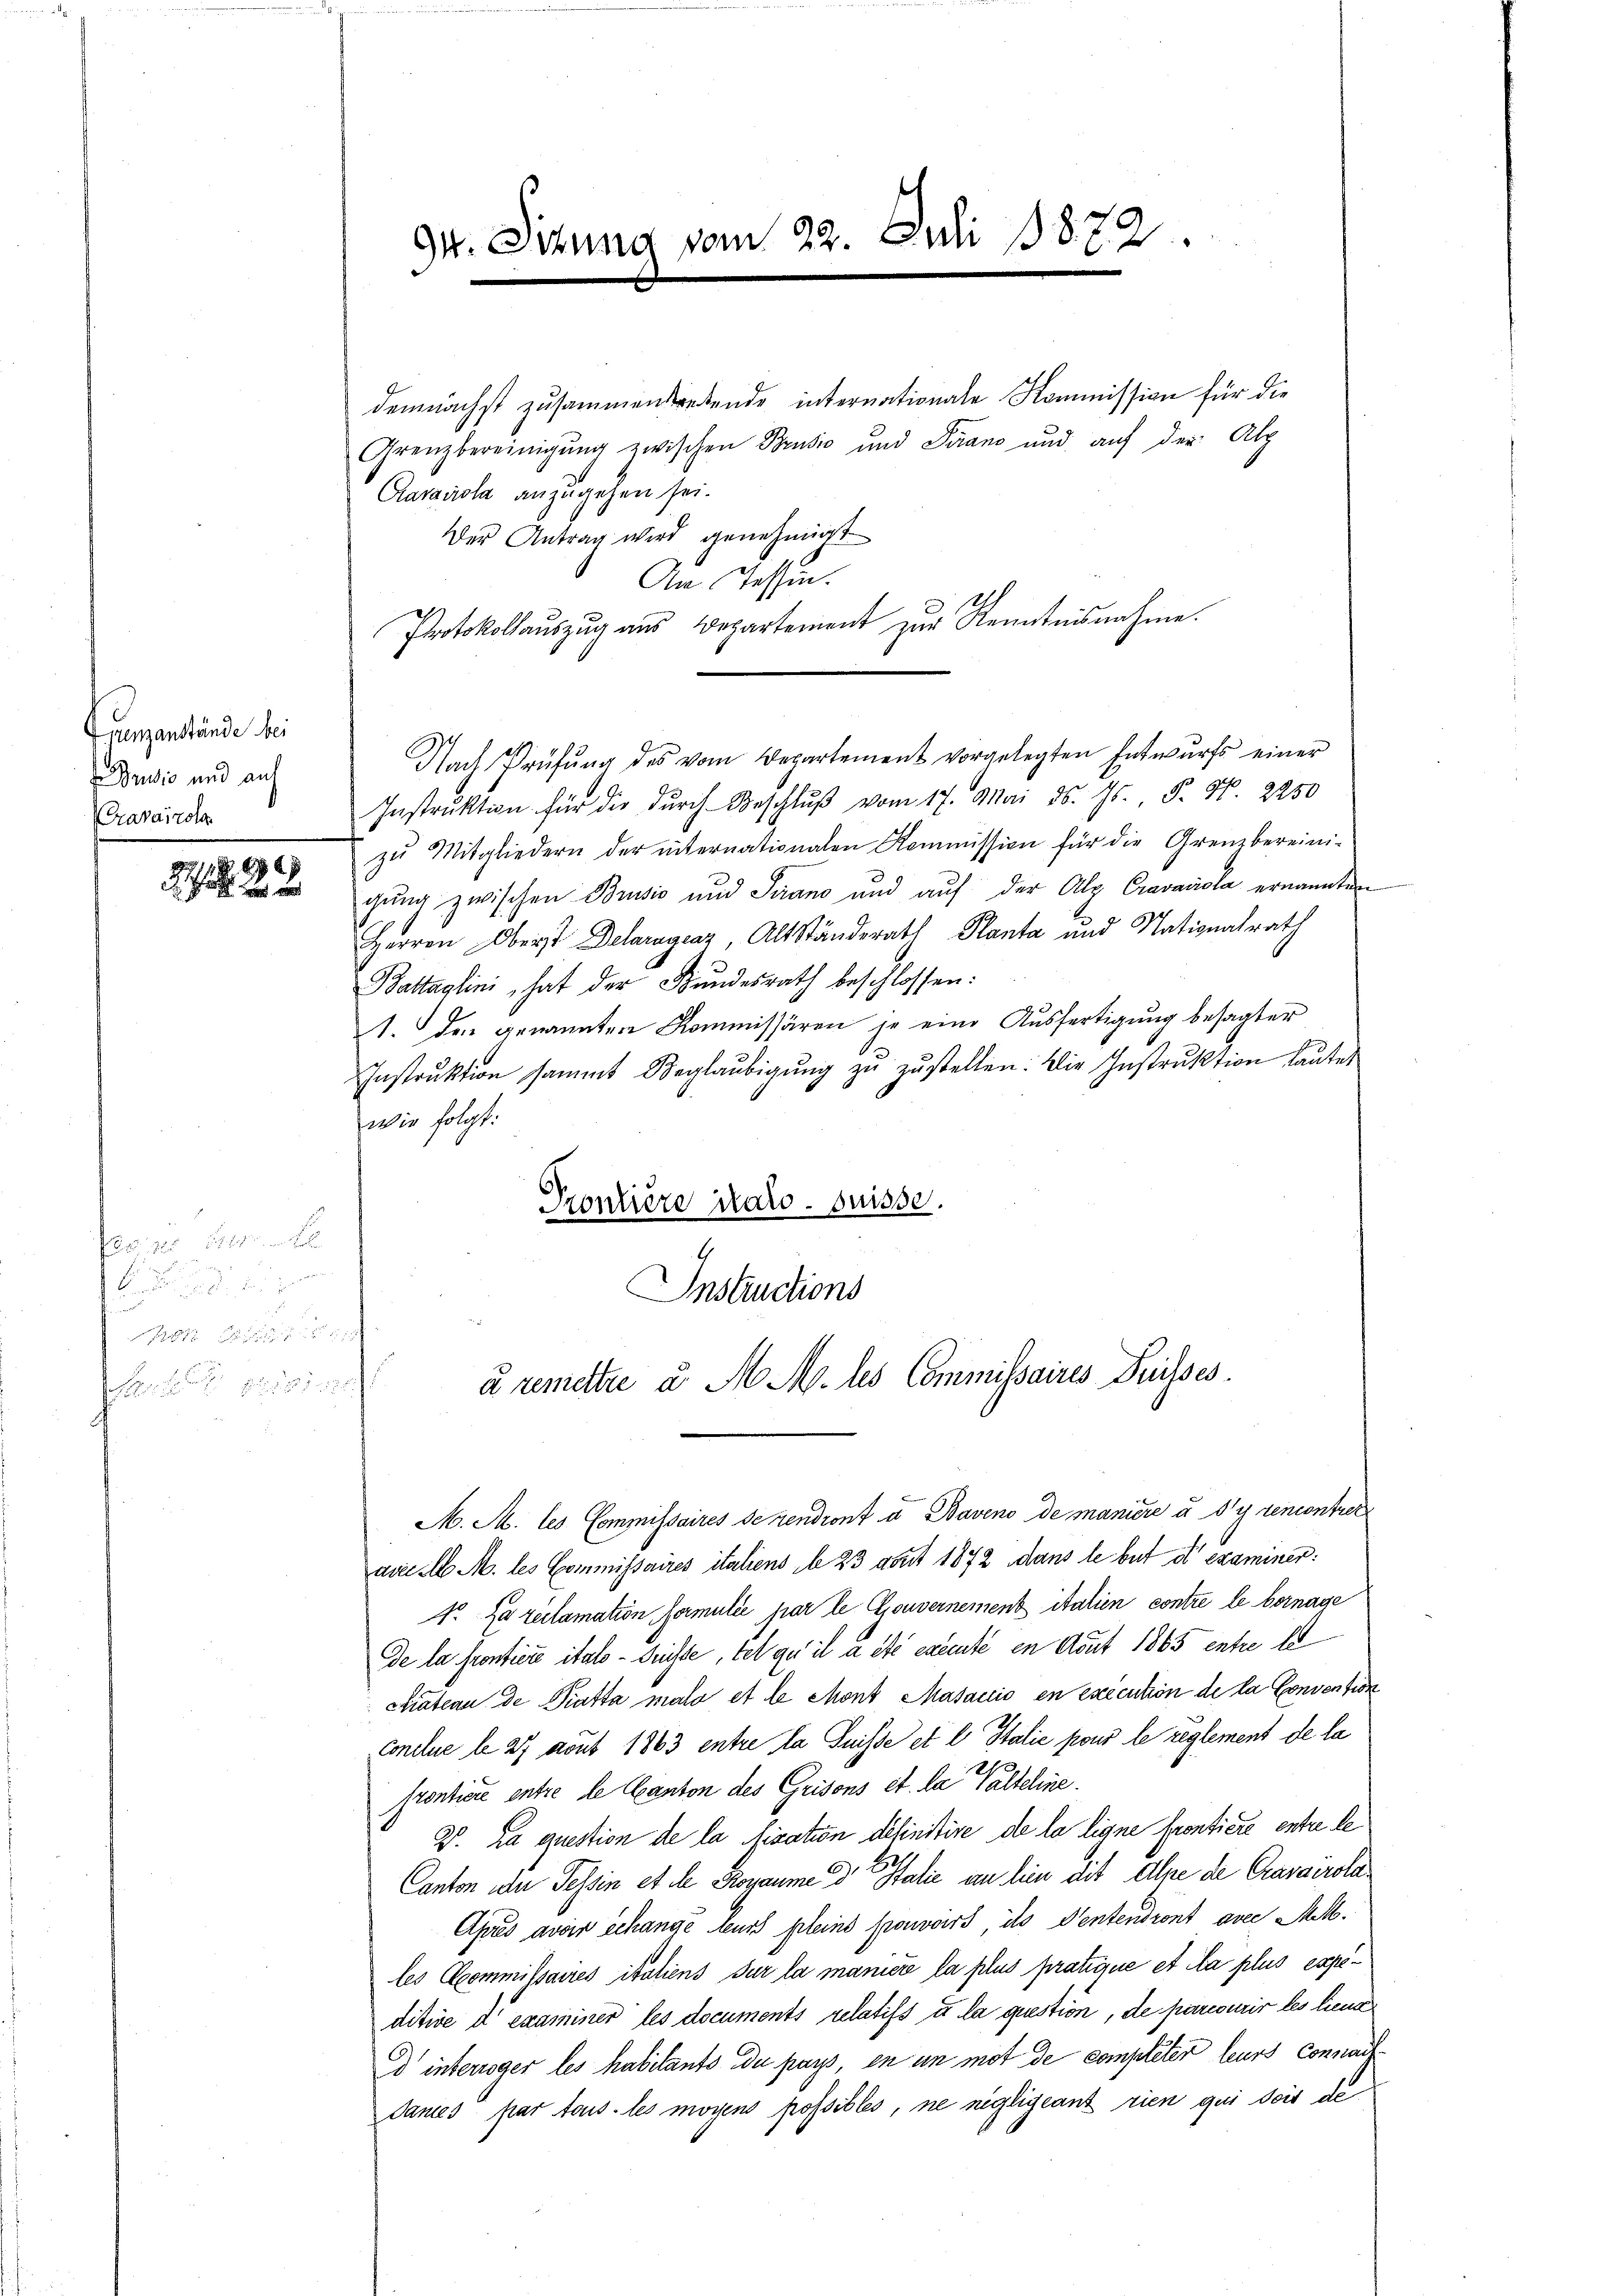
Grenzanstände bei
Brusić und auf
Cravairole

7 x

22

94. Sitzung vom 22. Juli 1872

demnächst zusammenstretende internationale Kommission für die
Grenzbereinigung zwischen Brusić und Piano und auf der Alp
Caraviola anzugehen sei.
Der Antrag wird genehmigt
An Tessin.
Protokollaŭszŭg ans Departement zur Kenntnisnahme.
Nach Prüfŭng des vom Departement vorgelegten Entwurfs einer
Instrŭktion für die dŭrch Beschlŭβ vom 17. Mai d. Js. P. Nr. 2250
zŭ Mitgliedern der internationalen Kommission für die Grenzbereini-
gung zwischen Brusić und Sirano und aŭf der Alp Cravariola ernannten
Herren Oberst Delaragraz, Alt Ständerath Planta und Nationalrath
Battaglini hat der Bŭndesrath beschlossen:
A. den genannten Kommissären je eine Ausfertigung besagter
Instrŭktion sammt Beglaŭbigŭng zŭ zŭstellen. Die Instrŭktion lautet
wie folgt:
Prontière dato suisse.

Instructions
à remettre u. M. M. les Commissaires Puisses

M. M. les Commissaires de rendront u Baveno de manière à y rencontret
ami M. M. les Commissaires italiens de 23 Art 1872 dans le but et examiner:
1o. Da reclamation formulie par le Gouvernement italien contre le bernage
De la frontiere itals - Früchte, tel qu’il a été exemté en Adut 1865 entre la
ckration de Pratta malo et le Mont Masacis en execution de la Convention
conclus le 27 Nout 1863 entre la Suisse et l Italie pour le reglement de la
frontiere entre le Canton des Grisons et la Valteline.
2. La question de la fixation definitive de la ligne Frontiere entre le
Canton in Tessin et de Rogaume der Italie an hien die Alpe de Cravarola.
Après avoir échange leurs pleins prouvers, ds Ventendront avec Mettles Commissaires italiens sur la manier la plus pratique et la plus espeditive d examiner les documents relatifs u. la question, de parcourir les liene
d interroger les habitants du pays, en in mot de completer leurs connach
dances par tous les mögens possibles, ne negligeant rien qui des de